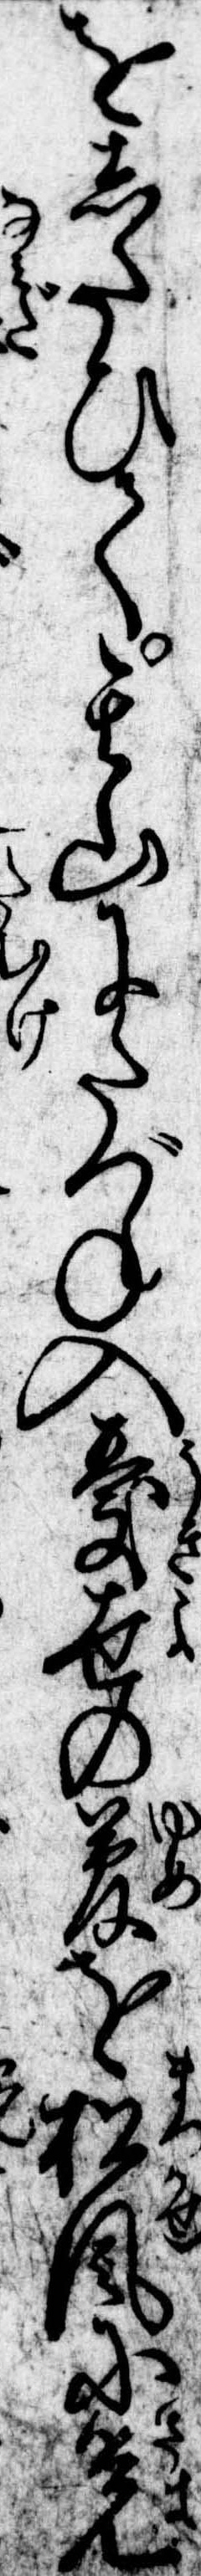
をしたひて其山にたづね入憂世の夢を松風に覚